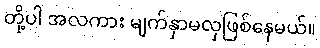
တို့ပါ အလကား မျက်နှာမလှဖြစ်နေမယ်။